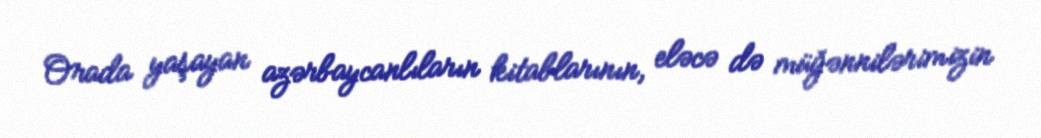
Orada yaşayan azərbaycanlıların kitablarının, eləcə də müğənnilərimizin